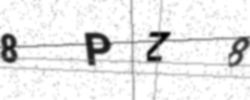
Text: 8PZ8